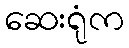
ဆေးရုံက